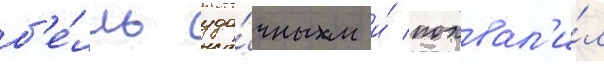
б'е́лль уда́чным и́ похвал'и́л